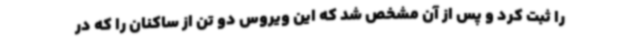
را ثبت کرد و پس از آن مشخص شد که این ویروس دو تن از ساکنان را که در